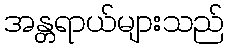
အန္တရာယ်များသည်